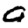
Digit: 9